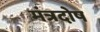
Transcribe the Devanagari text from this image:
मंत्रदोष